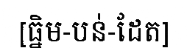
[ធ្និម-បន់-ដែត]